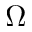
\Omega